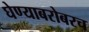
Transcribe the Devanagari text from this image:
घेण्याबरोबरच